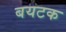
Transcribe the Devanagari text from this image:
बयटक